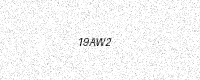
Text: 19AW2